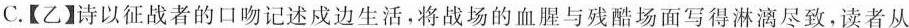
C.【乙】诗以征战者的口吻记述戍边生活，将战场的血腥与残酷场面写得淋漓尽致，读者从